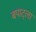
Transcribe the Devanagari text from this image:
बपाट्ला